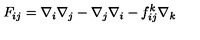
F _ { i j } = \nabla _ { i } \nabla _ { j } - \nabla _ { j } \nabla _ { i } - f _ { i j } ^ { k } \nabla _ { k }